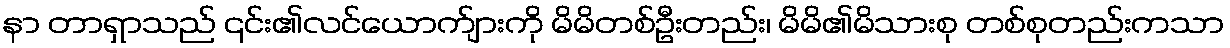
နာ တာရှာသည် ၎င်း၏လင်ယောက်ျားကို မိမိတစ်ဦးတည်း၊ မိမိ၏မိသားစု တစ်စုတည်းကသာ